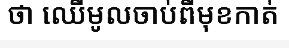
ថា ឈើមូលចាប់ពីមុខកាត់